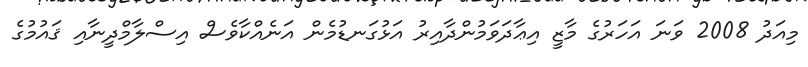
މިއަދު 2008 ވަނަ އަހަރުގެ މާޒީ އިޢާދަވަމުންދާއިރު އަޅުގަނޑުމެން އަނެއްކާވެސް އިސްލާމްދީނާއި ޤައުމުގެ